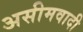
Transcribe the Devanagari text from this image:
असीमवादी